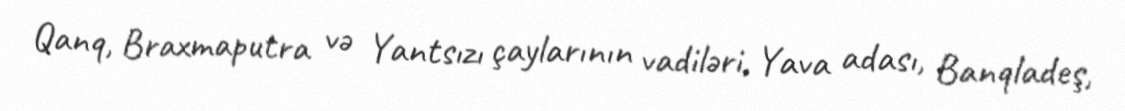
Qanq, Braxmaputra və Yantsızı çaylarının vadiləri, Yava adası, Banqladeş,